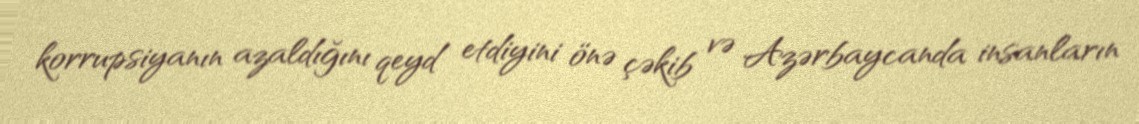
korrupsiyanın azaldığını qeyd etdiyini önə çəkib və Azərbaycanda insanların